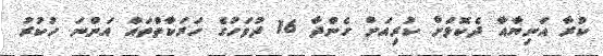
ކުރާ އަނިޔާއާ ދެކޮޅަށް ކުރިއަށް ގެންދާ 16 ދުވަހުގެ ހަރަކާތްތައް އަންނަ ހުކުރު